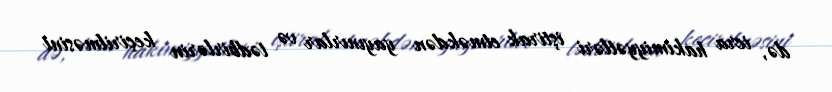
də, icra hakimiyyətləri iştirak etməkdən yayınırlar və tədbirlərin keçirilməsini